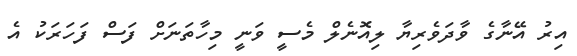
އިރު އޭނާގެ ވާދަވެރިޔާ ލިއޮނެލް މެސީ ވަނީ މިހާތަނަށް ފަސް ފަހަރަކު އެ